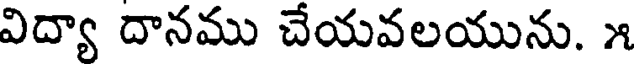
విద్యా దానము చేయవలయును. ౫